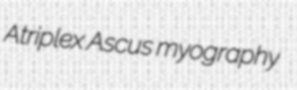
Atriplex Ascus myography